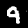
Label: 9